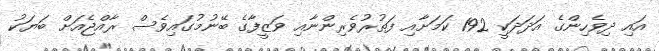
އައި ދިވެހިންގެ އަދަދަކީ 192 ކަމަށާއި ފަތުރުވެރިންނާއި ވަޒީފާގެ ބޭނުމުގައިވެސް ރާއްޖެއަށް ބަޔަކު